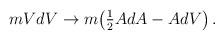
LaTeX: \begin{align*}mVdV \rightarrow m\bigl ( {\textstyle{{1\over 2}}} AdA - AdV\bigr )\, .\end{align*}